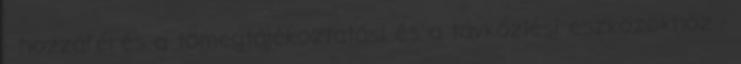
- hozzáférés a tömegtájékoztatási és a távközlési eszközökhöz -